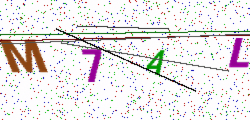
Text: M7AL